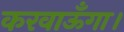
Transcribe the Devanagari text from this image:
करवाऊँगा।